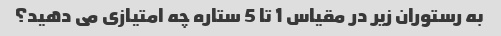
به رستوران زیر در مقیاس 1 تا 5 ستاره چه امتیازی می دهید؟